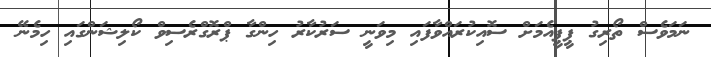
ނަމަވެސް ތޯރިގު ޕީޕީއެމަށް ސޮއިކުރައްވާފައި މިވަނީ ސަރުކާރު ހިންގާ ޕްރޮގްރެސިވް ކޯލިޝަންގައި ހިމެނޭ